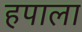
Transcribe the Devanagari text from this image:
हपाला